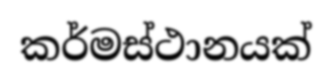
කර්මස්ථානයක්